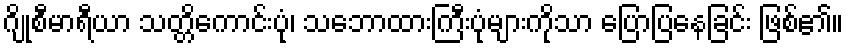
ဂျိုစီမာရီယာ သတ္တိကောင်းပုံ၊ သဘောထားကြီးပုံများကိုသာ ပြောပြနေခြင်း ဖြစ်၏။